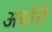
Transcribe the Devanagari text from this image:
अवोरी